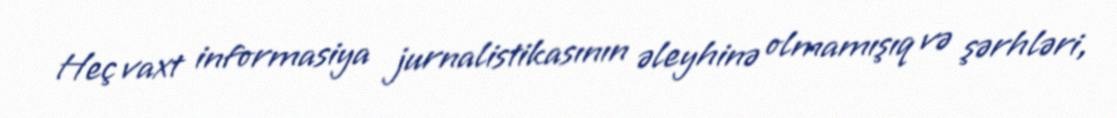
Heç vaxt informasiya jurnalistikasının əleyhinə olmamışıq və şərhləri,